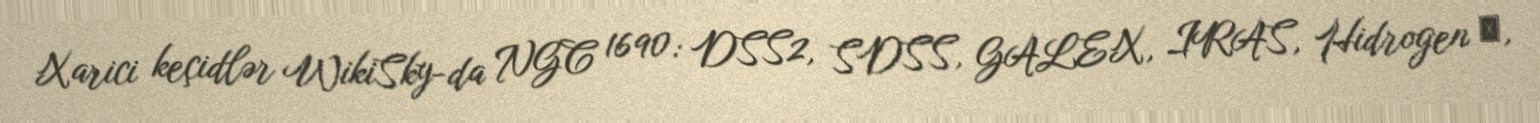
Xarici keçidlər WikiSky-da NGC 1690: DSS2, SDSS, GALEX, IRAS, Hidrogen α,